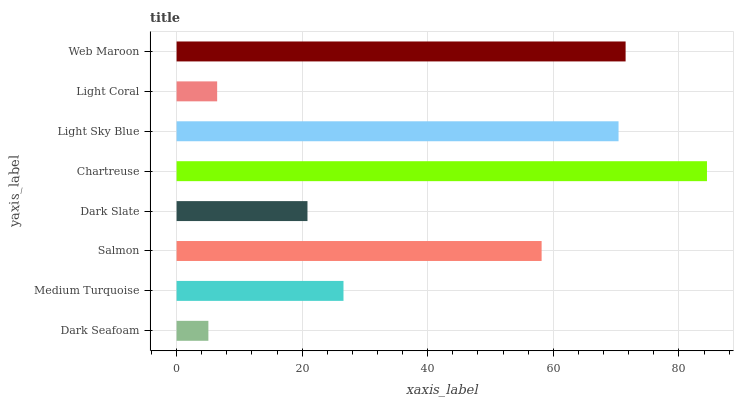
| yaxis_label | bars |
 | --- | --- |
 | Dark Seafoam | 5.06 |
 | Medium Turquoise | 26.6 |
 | Salmon | 58.1 |
 | Dark Slate | 20.8 |
 | Chartreuse | 84.5 |
 | Light Sky Blue | 70.4 |
 | Light Coral | 6.46 |
 | Web Maroon | 71.5 |